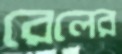
রেলের